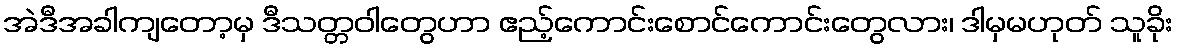
အဲဒီအခါကျတော့မှ ဒီသတ္တဝါတွေဟာ ဧည့်ကောင်းစောင်ကောင်းတွေလား၊ ဒါမှမဟုတ် သူခိုး